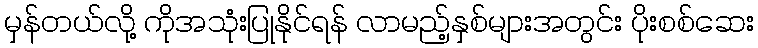
မှန်တယ်လို့ ကိုအသုံးပြုနိုင်ရန် လာမည့်နှစ်များအတွင်း ပိုးစစ်ဆေး